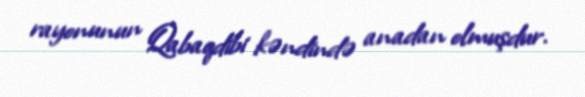
rayonunun Qabaqdibi kəndində anadan olmuşdur.